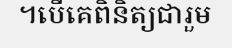
។បើគេពិនិត្យជារួម